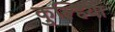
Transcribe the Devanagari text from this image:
कुल्हिया